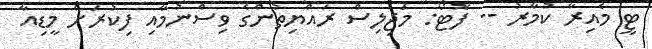
ޓީ މެއިރާ ކުމާރު -- ފޮޓޯ: މަޖިިލިސް ރައްޔިތުންގެ ވިސްނުމާއި ފިކުރަށް މީޑިއާ